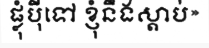
ផ្លុំប៉ីទៅ ខ្ញុំនឹងស្តាប់»